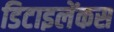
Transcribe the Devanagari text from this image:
डिटाइलेंकस